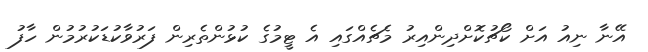
އޭނާ ނިއު އަށް ކޯޗުކޮށްދިންއިރު މެޗެއްގައި އެ ޓީމުގެ ކުޅުންތެރިން ފަރުވާކުޑަކުރުމުން ހާފު